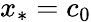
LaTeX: x_{*}=c_{0}